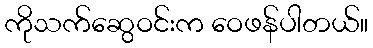
ကိုသက်ဆွေဝင်းက ဝေဖန်ပါတယ်။